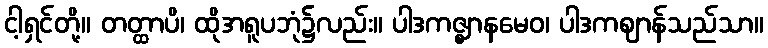
ငါ့ရှင်တို့။ တတ္ထာပိ၊ ထိုအရူပဘုံ၌လည်း။ ပါဒကဇ္ဈာနမေဝ၊ ပါဒကဈာန်သည်သာ။